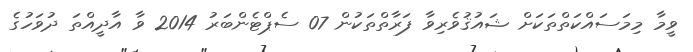
ވީމާ މިމަސައްކަތްތަކަށް ޝައުޤުވެރިވާ ފަރާތްތަކުން 07 ސެޕްޓެންބަރު 2014 ވާ އާދީއްތަ ދުވަހުގެ